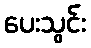
ပေးသွင်း